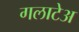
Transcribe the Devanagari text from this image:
गलाटेअ